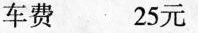
车费 25元